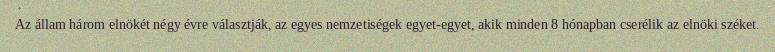
Az állam három elnökét négy évre választják, az egyes nemzetiségek egyet-egyet, akik minden 8 hónapban cserélik az elnöki széket.